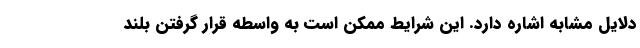
دلایل مشابه اشاره دارد. این شرایط ممکن است به واسطه قرار گرفتن بلند